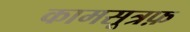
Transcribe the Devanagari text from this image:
कामसूत्रफ़